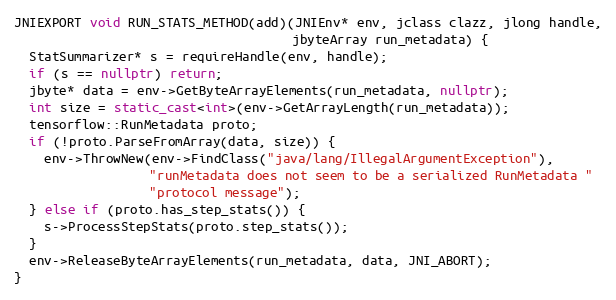
Language: C++
JNIEXPORT void RUN_STATS_METHOD(add)(JNIEnv* env, jclass clazz, jlong handle,
                                     jbyteArray run_metadata) {
  StatSummarizer* s = requireHandle(env, handle);
  if (s == nullptr) return;
  jbyte* data = env->GetByteArrayElements(run_metadata, nullptr);
  int size = static_cast<int>(env->GetArrayLength(run_metadata));
  tensorflow::RunMetadata proto;
  if (!proto.ParseFromArray(data, size)) {
    env->ThrowNew(env->FindClass("java/lang/IllegalArgumentException"),
                  "runMetadata does not seem to be a serialized RunMetadata "
                  "protocol message");
  } else if (proto.has_step_stats()) {
    s->ProcessStepStats(proto.step_stats());
  }
  env->ReleaseByteArrayElements(run_metadata, data, JNI_ABORT);
}